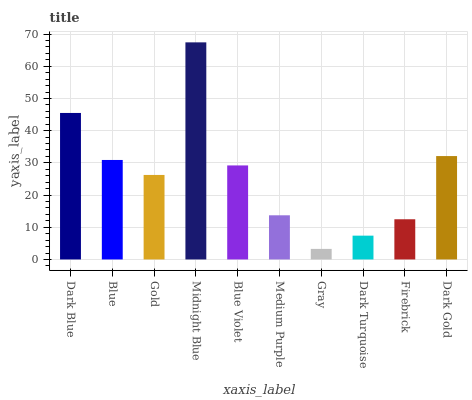
| xaxis_label | bars |
 | --- | --- |
 | Dark Blue | 45.5 |
 | Blue | 30.9 |
 | Gold | 26.3 |
 | Midnight Blue | 67.4 |
 | Blue Violet | 29.2 |
 | Medium Purple | 13.7 |
 | Gray | 3.28 |
 | Dark Turquoise | 7.39 |
 | Firebrick | 12.5 |
 | Dark Gold | 32.1 |